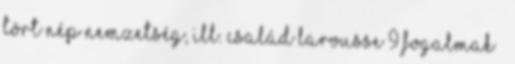
Tört Nép Nemzetség, ill. család Larousse 9 Fogalmak –